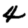
Digit: 4